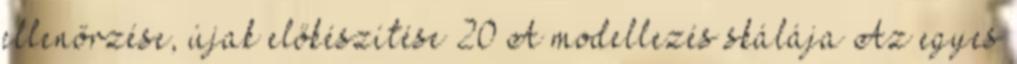
ellenőrzése, újak előkészítése 20 A modellezés skálája Az egyes